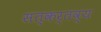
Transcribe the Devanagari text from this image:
सत्कर्तव्य